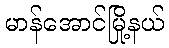
မာန်အောင်မြို့နယ်